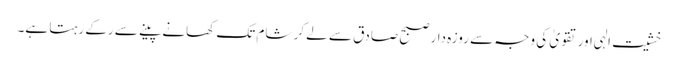
خشیت الہی اور تقویٰ کی وجہ سے روزہ دار صبح صادق سے لے کر شام تک کھانے پینے سے رکے رہتا ہے۔